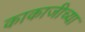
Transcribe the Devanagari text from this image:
काकाजीच्या